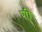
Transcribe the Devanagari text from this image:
णी